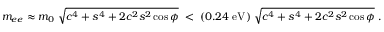
m _ { e e } \approx m _ { 0 } \; \sqrt { c ^ { 4 } + s ^ { 4 } + 2 c ^ { 2 } s ^ { 2 } \cos \phi } \; < \; ( 0 . 2 4 \; \mathrm { e V } ) \; \sqrt { c ^ { 4 } + s ^ { 4 } + 2 c ^ { 2 } s ^ { 2 } \cos \phi } \; .